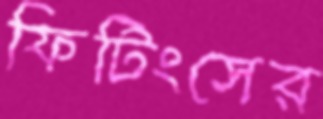
ফিটিংসের